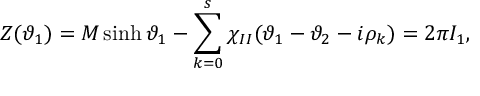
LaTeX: Z ( \vartheta _ { 1 } ) = { \cal M } \sinh \vartheta _ { 1 } - \sum _ { k = 0 } ^ { s } \chi _ { I I } ( \vartheta _ { 1 } - \vartheta _ { 2 } - i \rho _ { k } ) = 2 \pi I _ { 1 } ,